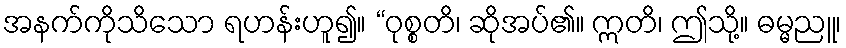
အနက်ကိုသိသော ရဟန်းဟူ၍။ “ဝုစ္စတိ၊ ဆိုအပ်၏။ ဣတိ၊ ဤသို့။ ဓမ္မညူ၊